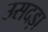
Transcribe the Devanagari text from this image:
उसदड़ा